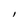
Character: l